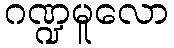
ဂဏ္ဍမူလော